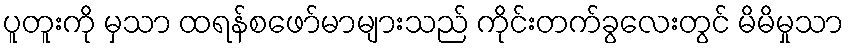
ပူတူးကို မှသာ ထရန်စဖော်မာများသည် ကိုင်းတက်ခွလေးတွင် မိမိမှုသာ